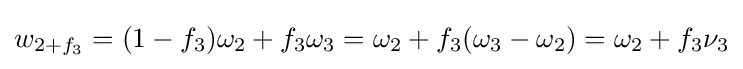
w_{2+f_{3}}=(1-f_{3})\omega _{2}+f_{3}\omega _{3}=\omega _{2}+f_{3}(\omega _{3}-\omega _{2})=\omega _{2}+f_{3}\nu _{3}